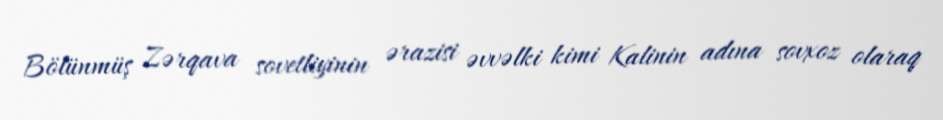
Bölünmüş Zərqava sovetliyinin ərazisi əvvəlki kimi Kalinin adına sovxoz olaraq